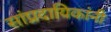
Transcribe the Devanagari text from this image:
सांप्रदायिकांनी